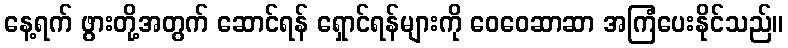
နေ့ရက် ဖွားတို့အတွက် ဆောင်ရန် ရှောင်ရန်များကို ဝေဝေဆာဆာ အကြံပေးနိုင်သည်။